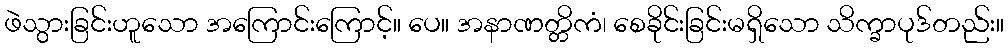
ဖဲသွားခြင်းဟူသော အကြောင်းကြောင့်။ ပေ။ အနာဏတ္တိကံ၊ စေခိုင်းခြင်းမရှိသော သိက္ခာပုဒ်တည်း။